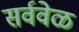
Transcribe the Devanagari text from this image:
सर्ववेळ